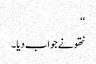
‘‘
نتھو نے جواب دیا۔